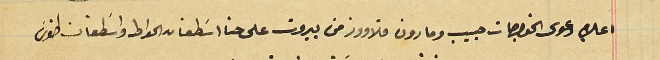
اعلام دعوى الخواجات حبيب ومارون قلاووز من بيروت على حنا اسَطفان الحواط واسَطفان طنوسَ